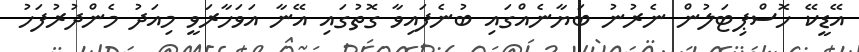
އޭޑީކޭ ހޮސްޕިޓަލުން ނެރުނު ބަޔާނެއްގައި ބުނެފައިވާ ގޮތުގައި އޭނާ އަވަހާރަވީ މިއަދު މެންދުރުފަހު